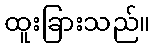
ထူးခြားသည်။